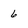
Character: 6